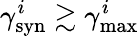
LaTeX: \gamma_{\mathrm{syn}}^{i}\gtrsim\gamma_{\mathrm{max}}^{i}